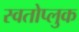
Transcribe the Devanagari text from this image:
स्वतोप्लुक